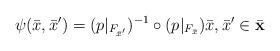
LaTeX: \begin{align*} \psi(\bar{x}, \bar{x}^\prime) = (p|_{F_{\bar{x}^\prime}} )^{-1} \circ(p|_{F_{\bar{x}}}) \bar{x},\bar{x}^\prime \in \bar{\mathbf{x}}\end{align*}